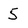
Character: 5